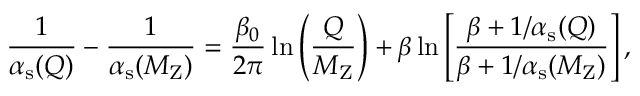
\frac { 1 } { \alpha _ { \mathrm { s } } ( Q ) } - \frac { 1 } { \alpha _ { \mathrm { s } } ( M _ { \mathrm { Z } } ) } = \frac { \beta _ { 0 } } { 2 \pi } \ln \left( \frac { Q } { M _ { \mathrm { Z } } } \right) + \beta \ln \left[ \frac { \beta + 1 / \alpha _ { \mathrm { s } } ( Q ) } { \beta + 1 / \alpha _ { \mathrm { s } } ( M _ { \mathrm { Z } } ) } \right] ,